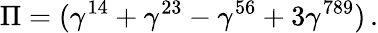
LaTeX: \Pi=(\gamma^{14}+\gamma^{23}-\gamma^{56}+3\gamma^{789})\, .